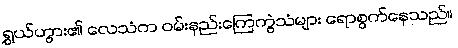
ရွှယ်ဟွား၏ လေသံက ဝမ်းနည်းကြေကွဲသံများ ရောစွက်နေသည်။